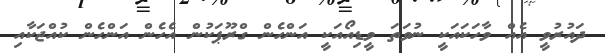
ދައުރުވީ އެެއް ވާހަކައަކީ ނުވަތަ ވީޑިއޯއަކީ އަންހެން ގްރޫޕަކުން އެހެން އަންހެން ކުއްޖަކާއި